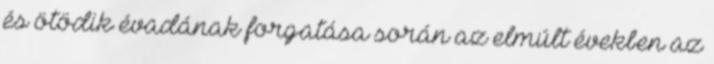
és ötödik évadának forgatása során az elmúlt években az